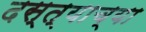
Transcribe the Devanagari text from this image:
दस्त्याच्या